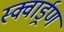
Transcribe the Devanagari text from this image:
स्क्वार्ड्रण